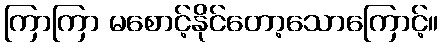
ကြာကြာ မစောင့်နိုင်တော့သောကြောင့်။